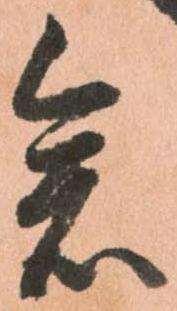
念